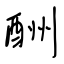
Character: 酬